Report of the Indian Hemp Drugs Commission, 1894-1895 - Volume II
Year: 1894
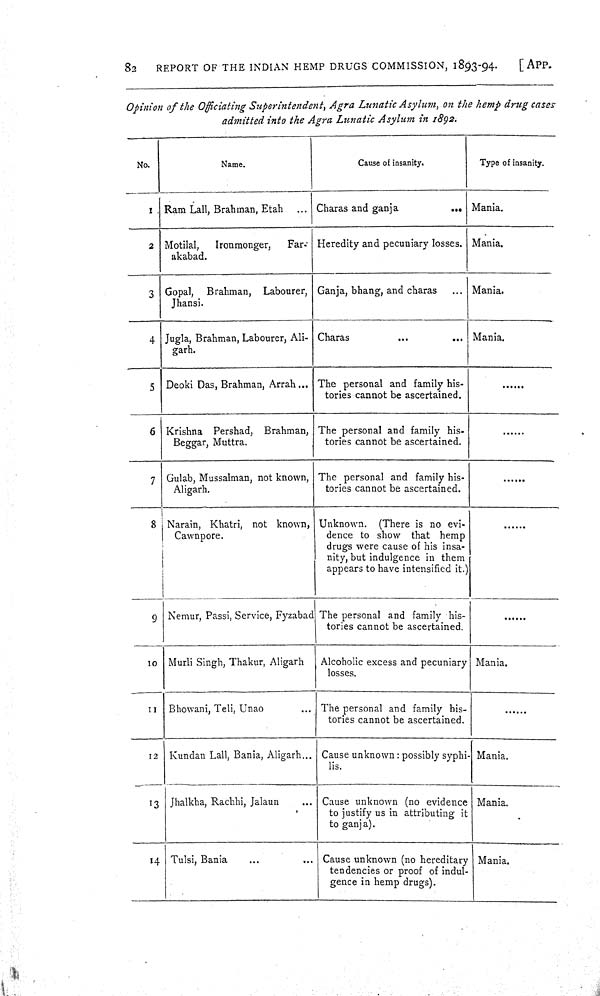
82
REPORT OF THE INDIAN HEMP DRUGS COMMISSION, 1893-94.
[APP.
Opinion of the Officiating Superintendent, Agra Lunatic Asylum, on the hemp drug cases
admitted into the Agra Lunatic Asylum in 1892.
No.
Name.
Cause of insanity.
Type of insanity.
1. Ram Lall, Brahman, Etah
Charas and ganja
Mania.
2 Motilal,
Ironmonger,
Far-
akabad.
Heredity and pecuniary losses. Mania.
3 Gopal, Brahman, Labourer,
Jhansi.
Ganja, bhang, and charas
Mania.
4 Jugla, Brahman, Labourer, Ali-
garh.
Charas
Mania.
5 Deoki Das, Brahman, Arrah
The personal and family his-
tories cannot be ascertained.
6 Krishna Pershad, Brahman,
Beggar, Muttra.
The personal and family his-
tories cannot be ascertained.
7 Gulab, Mussalman, not known,
Aligarh.
The personal and family his-
tories cannot be ascertained.
8 Narain, Khatri, not known,
Cawnpore.
Unknown. (There is no evi-
dence to show that hemp
drugs were cause of his insa-
nity, but indulgence in them
appears to have intensified it.)
9 Nemur, Passi, Service, Fyzabad The personal and family his-
tories cannot be ascertained.
10
Murli Singh, Thakur, Aligarh
Alcoholic excess and pecuniary
losses.
Mania.
11
Bhowani, Teli, Unao
The personal and family his-
tories cannot be ascertained.
12
Kundan Lall, Bania, Aligarh
Cause unknown: possibly syphi-
lis.
Mania.
13 Jhalkha, Rachhi, Jalaun
Cause unknown (no evidence
to justify us in attributing it
to ganja).
Mania.
14 Tulsi, Bania
Cause unknown (no hereditary
tendencies or proof of indul-
gence in hemp drugs).
Mania.